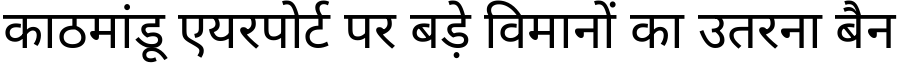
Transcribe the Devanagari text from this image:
काठमांडू एयरपोर्ट पर बड़े विमानों का उतरना बैन